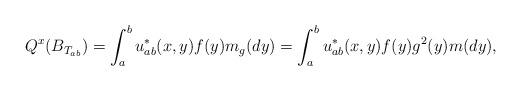
LaTeX: \begin{align*}Q^x(B_{T_{ab}})=\int_a^b u^*_{ab}(x,y)f(y) m_g(dy)=\int_a^b u^*_{ab}(x,y)f(y) g^2(y)m(dy),\end{align*}